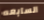
السابعه